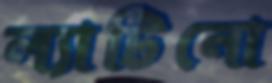
ল্যাটিনো